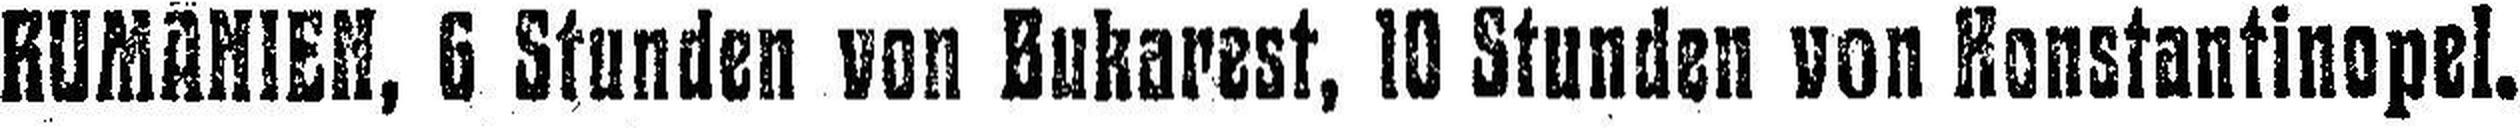
RUMÄNIEN, 6 Stunden von Bukarest, 10 Stunden von Ronstantinopel.